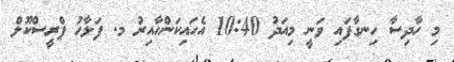
މި ހާދިސާ ހިނގާފައި ވަނީ މިއަދު 10:40 އެހައިކަންހާއިރު މ. ފަލާހު ޕްރީސްކޫލް